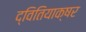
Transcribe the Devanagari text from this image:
द्वितियाक्षर